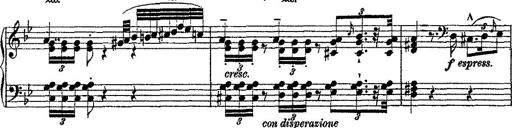
Title: Fantaisie romantique sur deux mÃ©lodies suisses
Composer: Franz Liszt